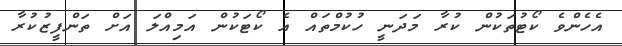
އެހެންވެ ކޯޓުތަކުން ކުރާ މަދަނީ ހުކުމްތައް އެ ކޯޓަކުން އަމިއްލަ އަށް ތަންފީޒުކުރާ